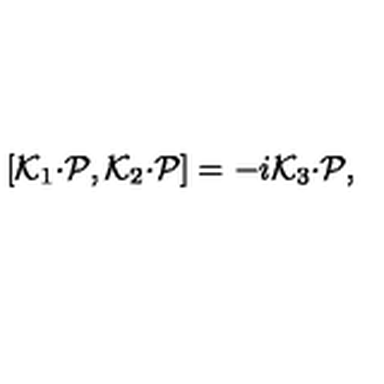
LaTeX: [ { \cal K } _ { 1 } { \cdot { \cal P } } , { \cal K } _ { 2 } { \cdot { \cal P } } ] = - i { \cal K } _ { 3 } { \cdot { \cal P } } ,